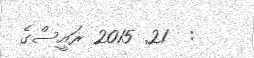
:  21